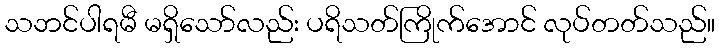
သဘင်ပါရမီ မရှိသော်လည်း ပရိသတ်ကြိုက်အောင် လုပ်တတ်သည်။